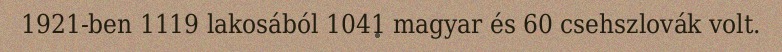
1921-ben 1119 lakosából 1041 magyar és 60 csehszlovák volt.